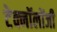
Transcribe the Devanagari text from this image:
टेक्नॉलोंजी